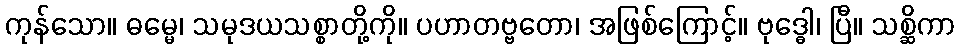
ကုန်သော။ ဓမ္မေ၊ သမုဒယသစ္စာတို့ကို။ ပဟာတဗ္ဗတော၊ အဖြစ်ကြောင့်။ ဗုဒ္ဓေါ၊ ပြီ။ သစ္ဆိကာ